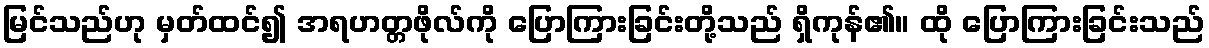
မြင်သည်ဟု မှတ်ထင်၍ အရဟတ္တဖိုလ်ကို ပြောကြားခြင်းတို့သည် ရှိကုန်၏။ ထို ပြောကြားခြင်းသည်